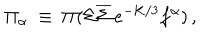
\Pi _ { \alpha } ~ \equiv ~ \Pi ( \Sigma \overline { { { \Sigma } } } \, e ^ { - K / 3 } f ^ { \alpha } ) \, ,